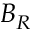
B _ { R }